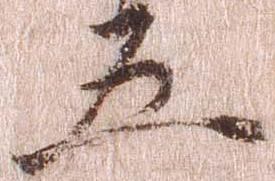
五